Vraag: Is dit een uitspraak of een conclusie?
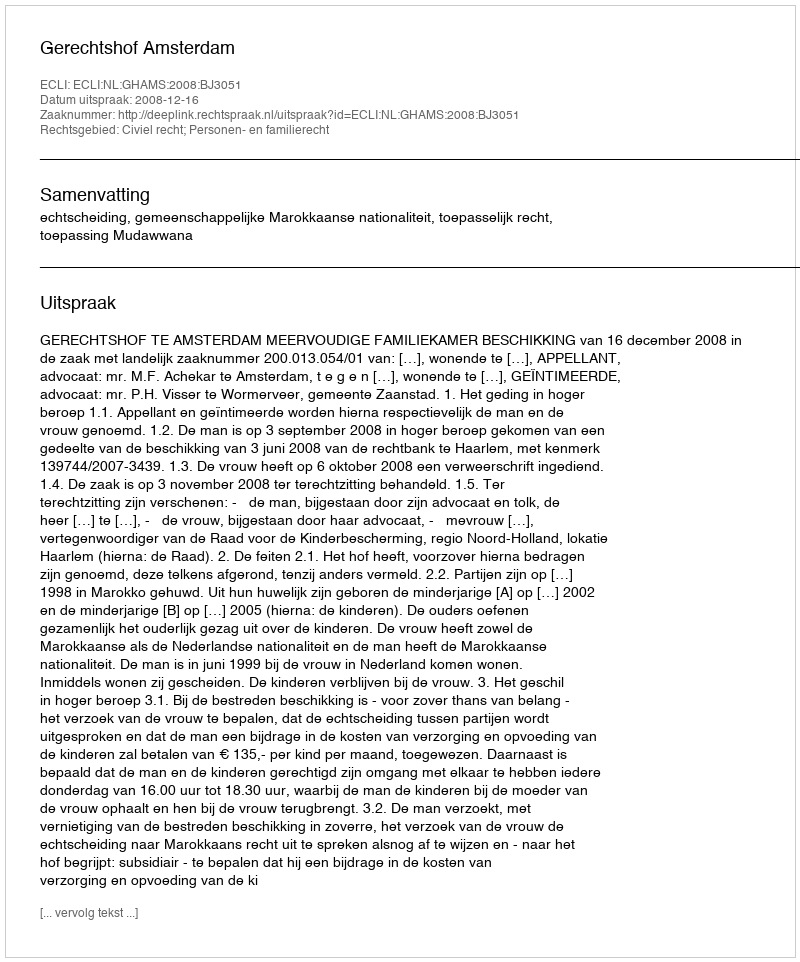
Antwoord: Uitspraak